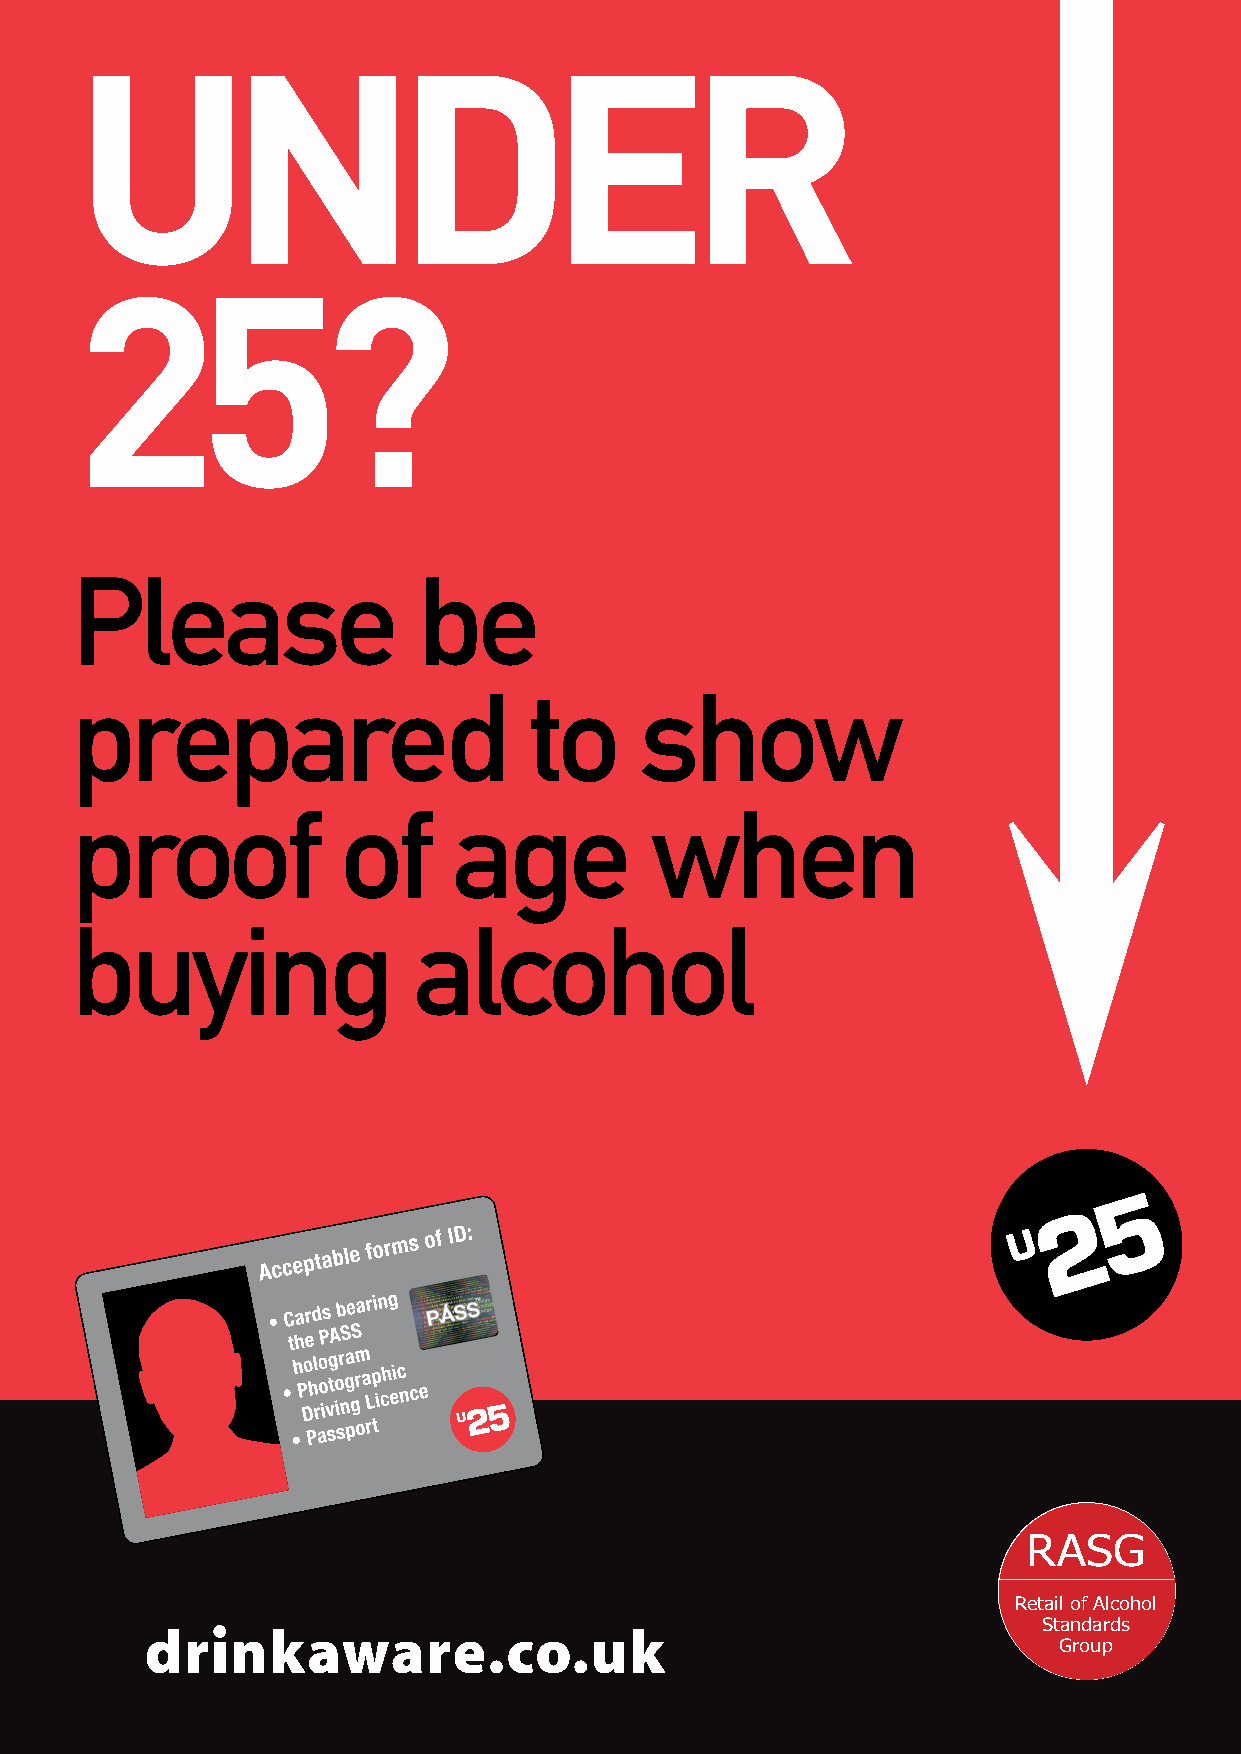
UNDER
 25?
 Please               be
 Please                 be
 prepared                    to    show
 prepared                      to     show
 proof           of     age         when
 proof             of     age          when
 bbuuyyiinngg        a alclcoohholol
 ����������
 ����� �� ���
 �
 �����
 �������
 ���
 ����
 ��
 �
 ��
 �
 ���
 �
 ���� ��� ��� ��� � �� ��� ���
 ���
 �
 ��������
 RASG
 Retail of Alcohol
 Standards
 Group